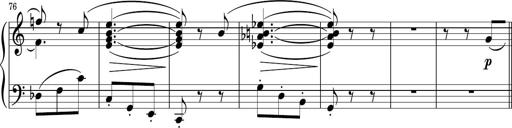
Title: Sonatina PandemÃ³nium
Composer: VÃ­ctor Carbajo
Key: C major